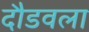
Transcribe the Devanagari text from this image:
दौडवला